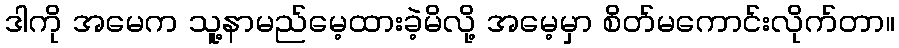
ဒါကို အမေက သူ့နာမည်မေ့ထားခဲ့မိလို့ အမေ့မှာ စိတ်မကောင်းလိုက်တာ။